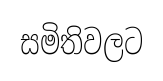
සමිතිවලට